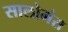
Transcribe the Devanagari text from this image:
सालोमंस